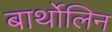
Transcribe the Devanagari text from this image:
बार्थोलिन